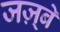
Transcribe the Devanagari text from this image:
जज़्बे